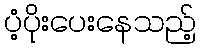
ပံ့ပိုးပေးနေသည့်